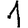
Digit: 1